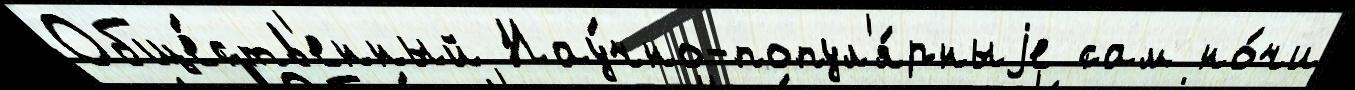
Обще́ств'енный Нау́чно-попул'я́рныjе сам но́чи